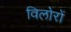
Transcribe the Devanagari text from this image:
विलोरों